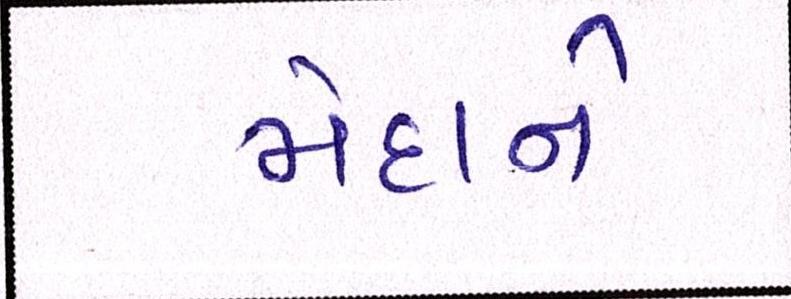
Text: મેદાને